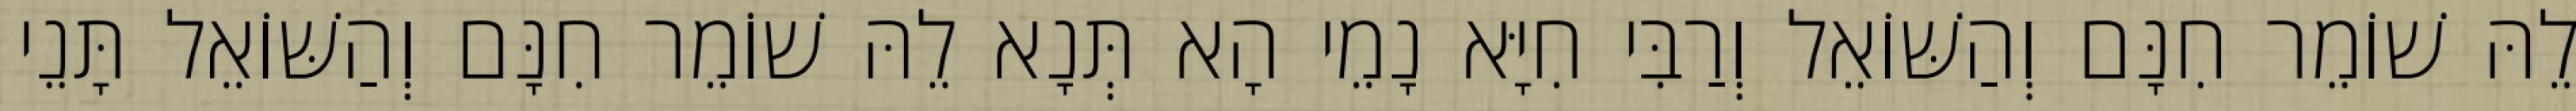
לֵהּ שׁוֹמֵר חִנָּם וְהַשּׁוֹאֵל וְרַבִּי חִיָּא נָמֵי הָא תְּנָא לֵהּ שׁוֹמֵר חִנָּם וְהַשּׁוֹאֵל תָּנֵי